Annual administration report of the Civil Veterinary Department, Sind - 1940-1941
Year: 1940
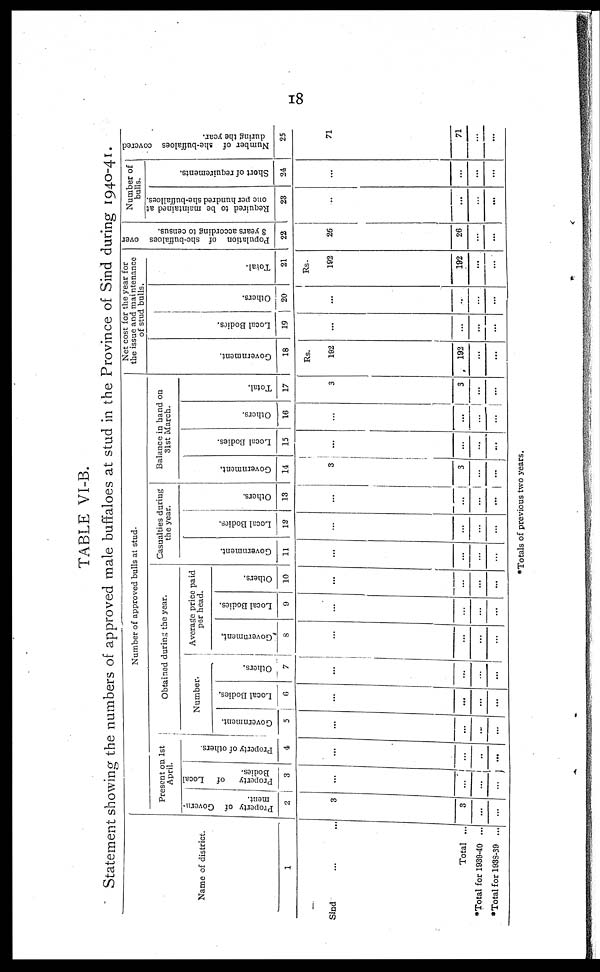
18
TABLE VI-B.
Statement showing the numbers of approved male buffaloes at stud in the Province of Sind during 1940-41.
Name of district.
1
Sind ... ...
Total ...
*Total for 1939-40 ...
*Total for 1938-39 ...
Number of approved bulls at stud.
Present on 1st
April.
Property of Govern-
ment.
2
3
3
...
...
Property of Local
Bodies.
3
...
...
...
...
Property of others.
4
...
...
...
...
Obtained during the year.
Number.
Government.
5
...
...
...
...
Local Bodies.
6
...
...
...
...
Others.
7
...
...
...
...
Average price paid
per head.
Government.
8
...
...
...
...
Local Bodies.
9
...
...
...
...
Others.
10
...
...
...
...
Casualties during
the year.
Go v e r
n me n t.
11
...
...
...
...
Local Bodies.
12
...
...
...
...
Ot her s .
13
...
...
...
...
Balance in hand on
31st March.
Go v e r
n me n t.
14
3
3
...
...
Local Bodies.
15
...
...
...
...
Ot her s .
16
...
...
...
...
Tot al .
17
3
3
...
...
Net cost for the year for
the issue and maintenance
of stud bulls.
Go v e r
n me n t.
18
Rs.
192
192
...
...
Local Bodies.
19
...
...
...
...
Ot her s .
20
...
..
...
...
Total.
21
Rs.
192
192
...
...
Population of she-buffaloes over
3 years according to census.
22
26
26
...
...
Number of
bulls.
Required to be maintained at
one per hundred she-buffalloes.
23
...
...
...
...
Short of requirements.
24
...
...
...
...
Number of she-buffaloes covered
during the year.
25
71
71
...
...
*Totals of previous two years.